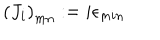
\left( J _ { i } \right) _ { m n } : = i \epsilon _ { m i n }